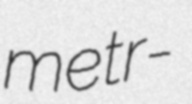
metr-